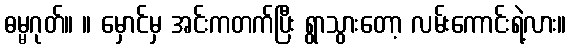
ဓမ္မဂုတ်။ ။ မှောင်မှ အင်းကတက်ပြီး ရွာသွားတော့ လမ်းကောင်းရဲ့လား။